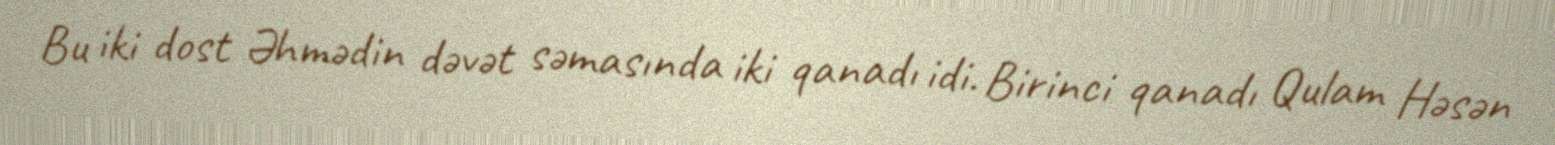
Bu iki dost Əhmədin dəvət səmasında iki qanadı idi. Birinci qanadı Qulam Həsən